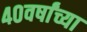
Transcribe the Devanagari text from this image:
४०वर्षांच्या